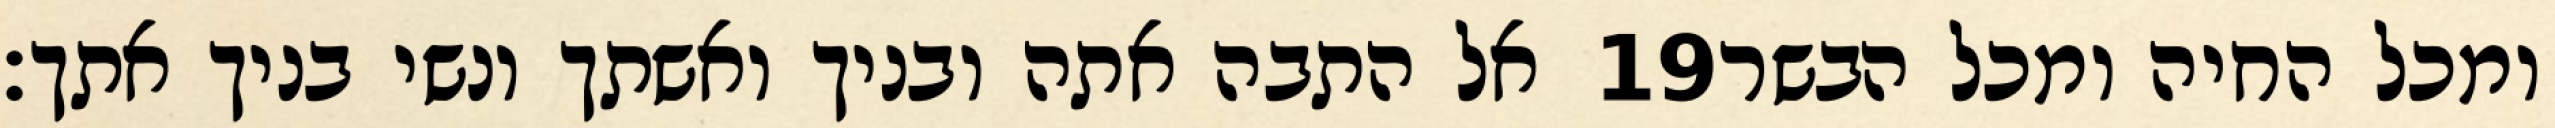
אל התבה אתה ובניך ואשתך ונשי בניך אתך׃ ‎19‏ ומכל החיה ומכל הבשר